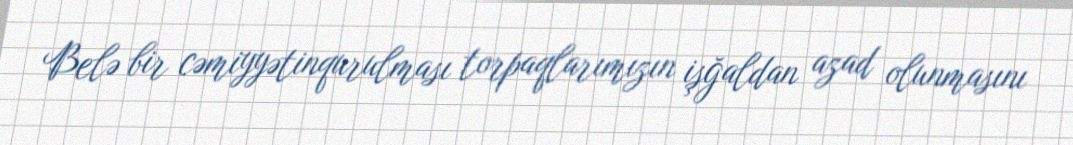
Belə bir cəmiyyətinqurulması torpaqlarımızın işğaldan azad olunmasını